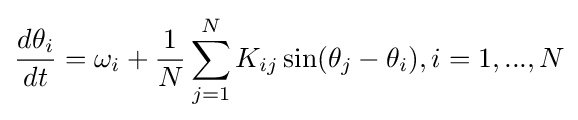
{\frac {d\theta _{i}}{dt}}=\omega _{i}+{\frac {1}{N}}\sum _{j=1}^{N}K_{ij}\sin(\theta _{j}-\theta _{i}),i=1,...,N